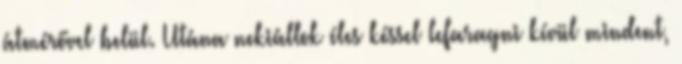
átmérővel belül. Utána nekiállok éles késsel lefaragni kívül mindent,